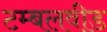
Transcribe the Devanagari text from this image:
टम्बलवीड